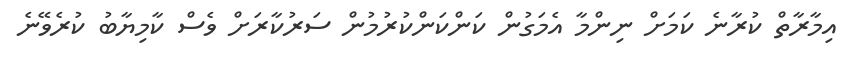
އިމާރާތް ކުރާނެ ކަމަށް ނިންމާ އެމަގުން ކަންކަންކުރުމުން ސަރުކާރަށް ވެސް ކާމިޔާބު ކުރެވޭނެ